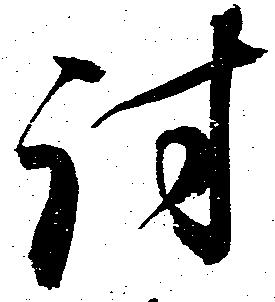
討